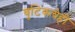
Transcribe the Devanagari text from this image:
बुटिकचेही